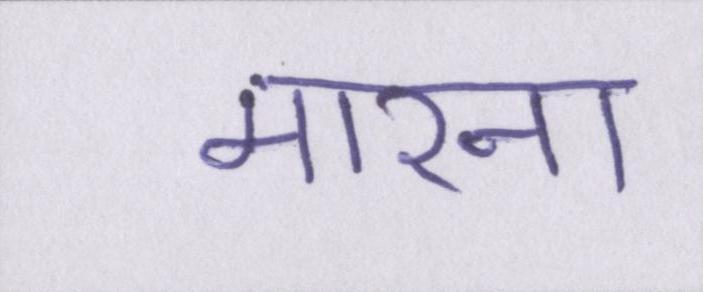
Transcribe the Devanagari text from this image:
मारना